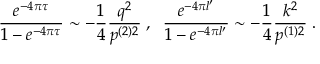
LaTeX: \frac { e ^ { - 4 \pi \tau } } { 1 - e ^ { - 4 \pi \tau } } \sim - \frac 1 4 \frac { q ^ { 2 } } { p ^ { ( 2 ) 2 } } \; , \; \; \frac { e ^ { - 4 \pi l ^ { \prime } } } { 1 - e ^ { - 4 \pi l ^ { \prime } } } \sim - \frac 1 4 \frac { k ^ { 2 } } { p ^ { ( 1 ) 2 } } \; .